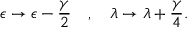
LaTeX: \epsilon \rightarrow \epsilon - \frac { \gamma } { 2 } \ \ \ , \ \ \ \lambda \rightarrow \lambda + \frac { \gamma } { 4 } .